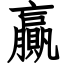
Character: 贏